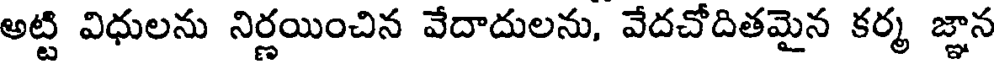
అట్టి విధులను నిర్ణయించిన వేదాదులను, వేదచోదితమైన కర్మ జ్ఞాన